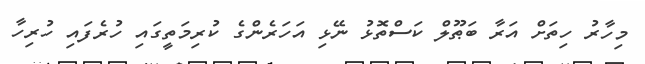
މިހާރު ހިތަށް އަރާ ބަޠޫލް ކަސްތޮޅު ނޭޅި އަހަރެންގެ ކުރިމަތީގައި ހުރެފައި ހުރިހާ